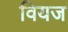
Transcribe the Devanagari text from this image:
वियज